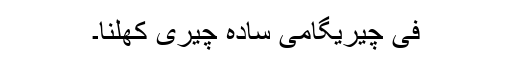
فی چیریگامی سادہ چیری کھلنا۔